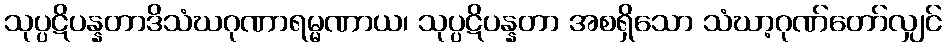
သုပ္ပဋိပန္နတာဒိသံဃဂုဏာရမ္မဏာယ၊ သုပ္ပဋိပန္နတာ အစရှိသော သံဃာ့ဂုဏ်တော်လျှင်